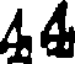
44